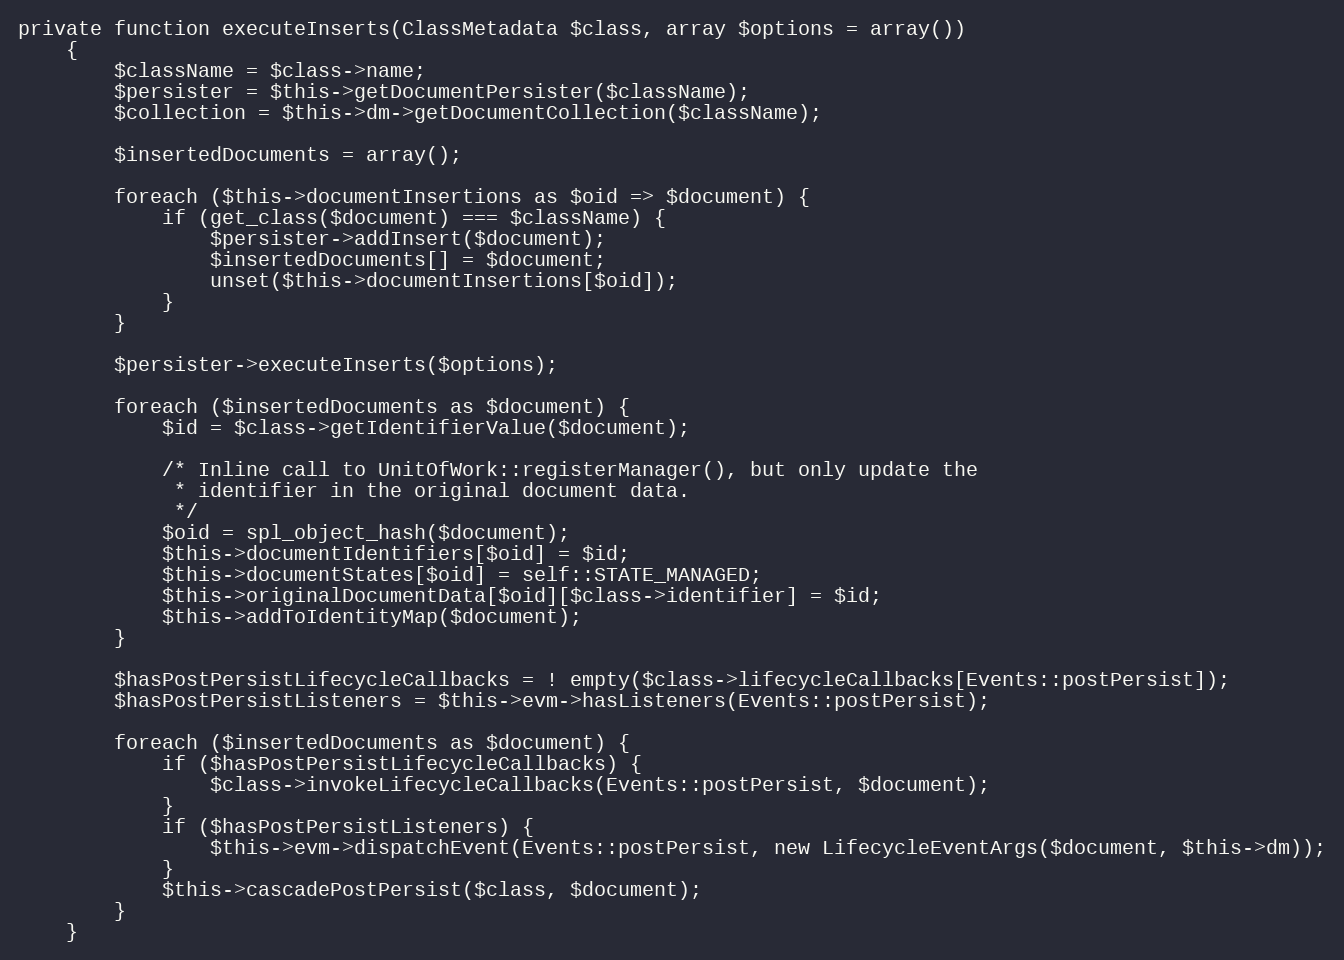
Language: PHP
private function executeInserts(ClassMetadata $class, array $options = array())
    {
        $className = $class->name;
        $persister = $this->getDocumentPersister($className);
        $collection = $this->dm->getDocumentCollection($className);

        $insertedDocuments = array();

        foreach ($this->documentInsertions as $oid => $document) {
            if (get_class($document) === $className) {
                $persister->addInsert($document);
                $insertedDocuments[] = $document;
                unset($this->documentInsertions[$oid]);
            }
        }

        $persister->executeInserts($options);

        foreach ($insertedDocuments as $document) {
            $id = $class->getIdentifierValue($document);

            /* Inline call to UnitOfWork::registerManager(), but only update the
             * identifier in the original document data.
             */
            $oid = spl_object_hash($document);
            $this->documentIdentifiers[$oid] = $id;
            $this->documentStates[$oid] = self::STATE_MANAGED;
            $this->originalDocumentData[$oid][$class->identifier] = $id;
            $this->addToIdentityMap($document);
        }

        $hasPostPersistLifecycleCallbacks = ! empty($class->lifecycleCallbacks[Events::postPersist]);
        $hasPostPersistListeners = $this->evm->hasListeners(Events::postPersist);

        foreach ($insertedDocuments as $document) {
            if ($hasPostPersistLifecycleCallbacks) {
                $class->invokeLifecycleCallbacks(Events::postPersist, $document);
            }
            if ($hasPostPersistListeners) {
                $this->evm->dispatchEvent(Events::postPersist, new LifecycleEventArgs($document, $this->dm));
            }
            $this->cascadePostPersist($class, $document);
        }
    }